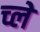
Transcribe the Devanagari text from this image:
च्ले